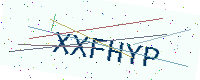
Text: XXFHYP